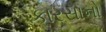
કારસાનો